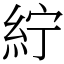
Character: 紵